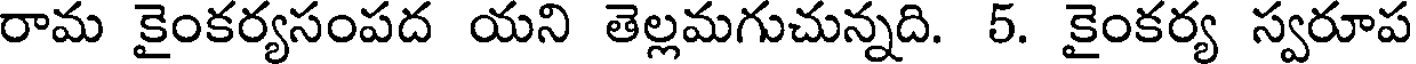
రామ కైంకర్యసంపద యని తెల్లమగుచున్నది. 5. కైంకర్య స్వరూప